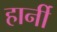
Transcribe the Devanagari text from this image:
हार्नी